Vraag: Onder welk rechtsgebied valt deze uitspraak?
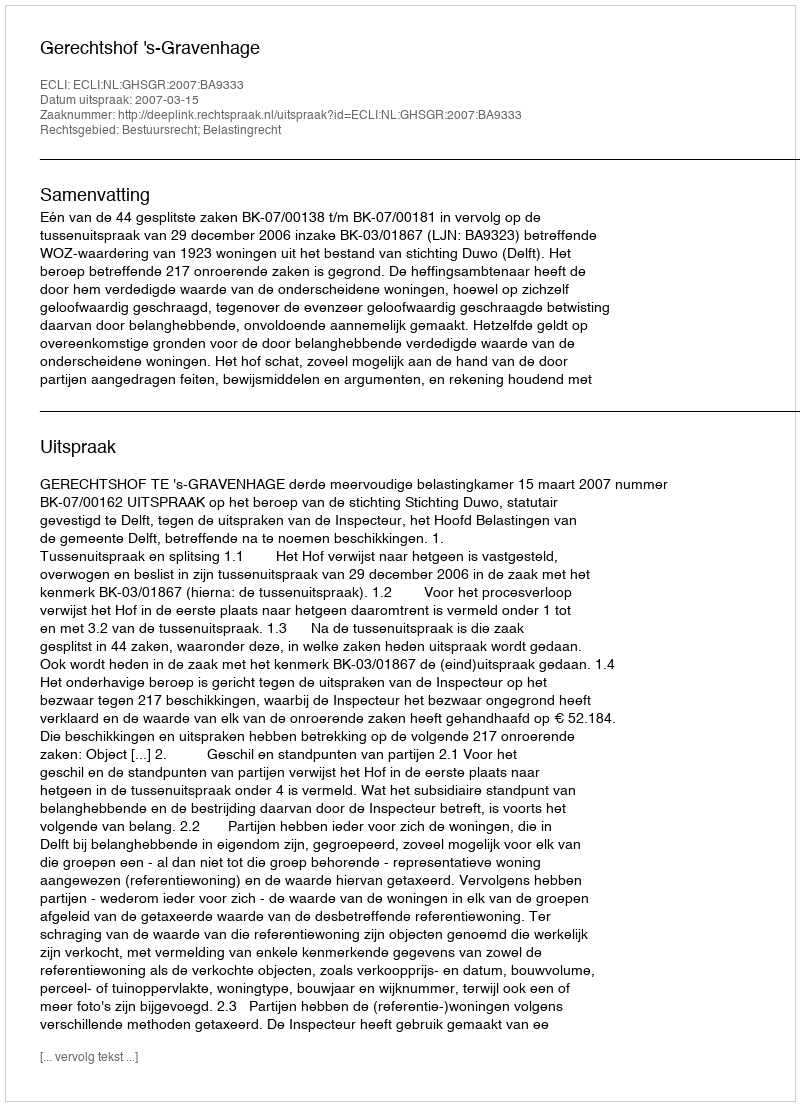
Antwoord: Bestuursrecht; Belastingrecht